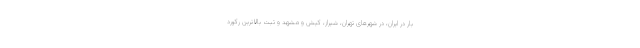
بار در ایران، در شهرهای تهران، شیراز، کیش و مشهد و ثبت بالاترین رکورد